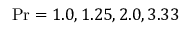
\operatorname* { P r } = 1 . 0 , 1 . 2 5 , 2 . 0 , 3 . 3 3